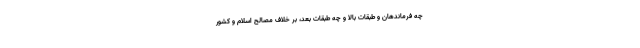
چه فرماندهان و طبقات بالا و چه طبقات بعد، بر خلاف مصالح اسلام و کشور